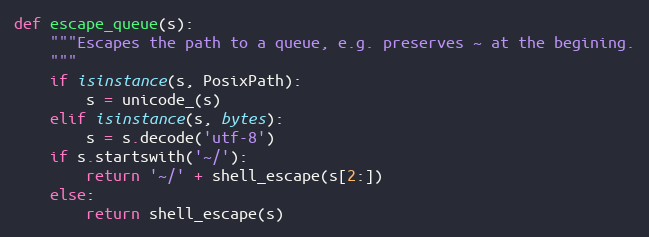
Language: Python
def escape_queue(s):
    """Escapes the path to a queue, e.g. preserves ~ at the begining.
    """
    if isinstance(s, PosixPath):
        s = unicode_(s)
    elif isinstance(s, bytes):
        s = s.decode('utf-8')
    if s.startswith('~/'):
        return '~/' + shell_escape(s[2:])
    else:
        return shell_escape(s)